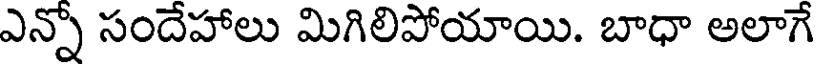
ఎన్నో సందేహాలు మిగిలిపోయాయి. బాధా అలాగే